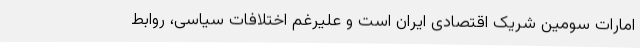
امارات سومین شریک اقتصادی ایران است و علیرغم اختلافات سیاسی، روابط